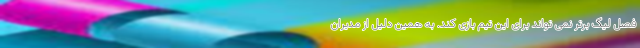
فصل لیگ برتر نمی تواند برای این تیم بازی کند. به همین دلیل از مدیران